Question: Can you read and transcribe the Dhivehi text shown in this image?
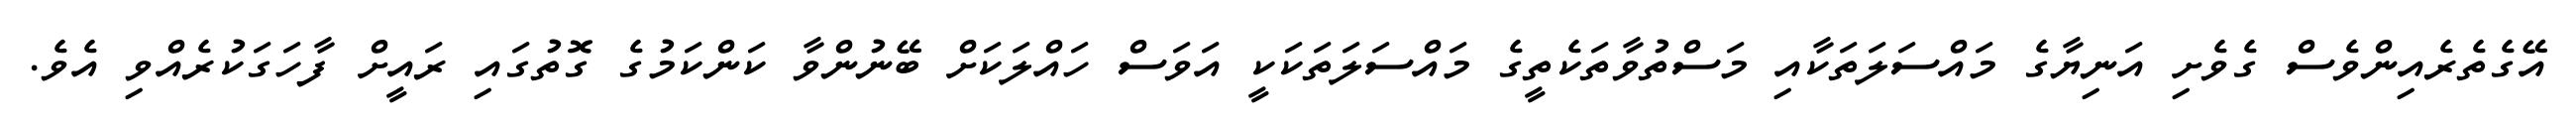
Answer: އޭގެތެރެއިންވެސް ގެވެށި އަނިޔާގެ މައްސަލަތަކާއި މަސްތުވާތަކެތީގެ މައްސަލަތަކަކީ އަވަސް ހައްލަކަށް ބޭނުންވާ ކަންކަމުގެ ގޮތުގައި ރައީށް ފާހަގަކުރެއްވި އެވެ.